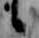
候